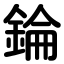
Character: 錀